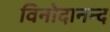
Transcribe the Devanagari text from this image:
विनोदानन्द